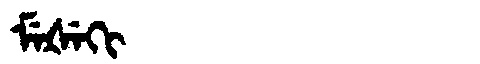
Manchu: ᠮᡝᡧᡝᡴᡳ
Romanization: MEŠEKI